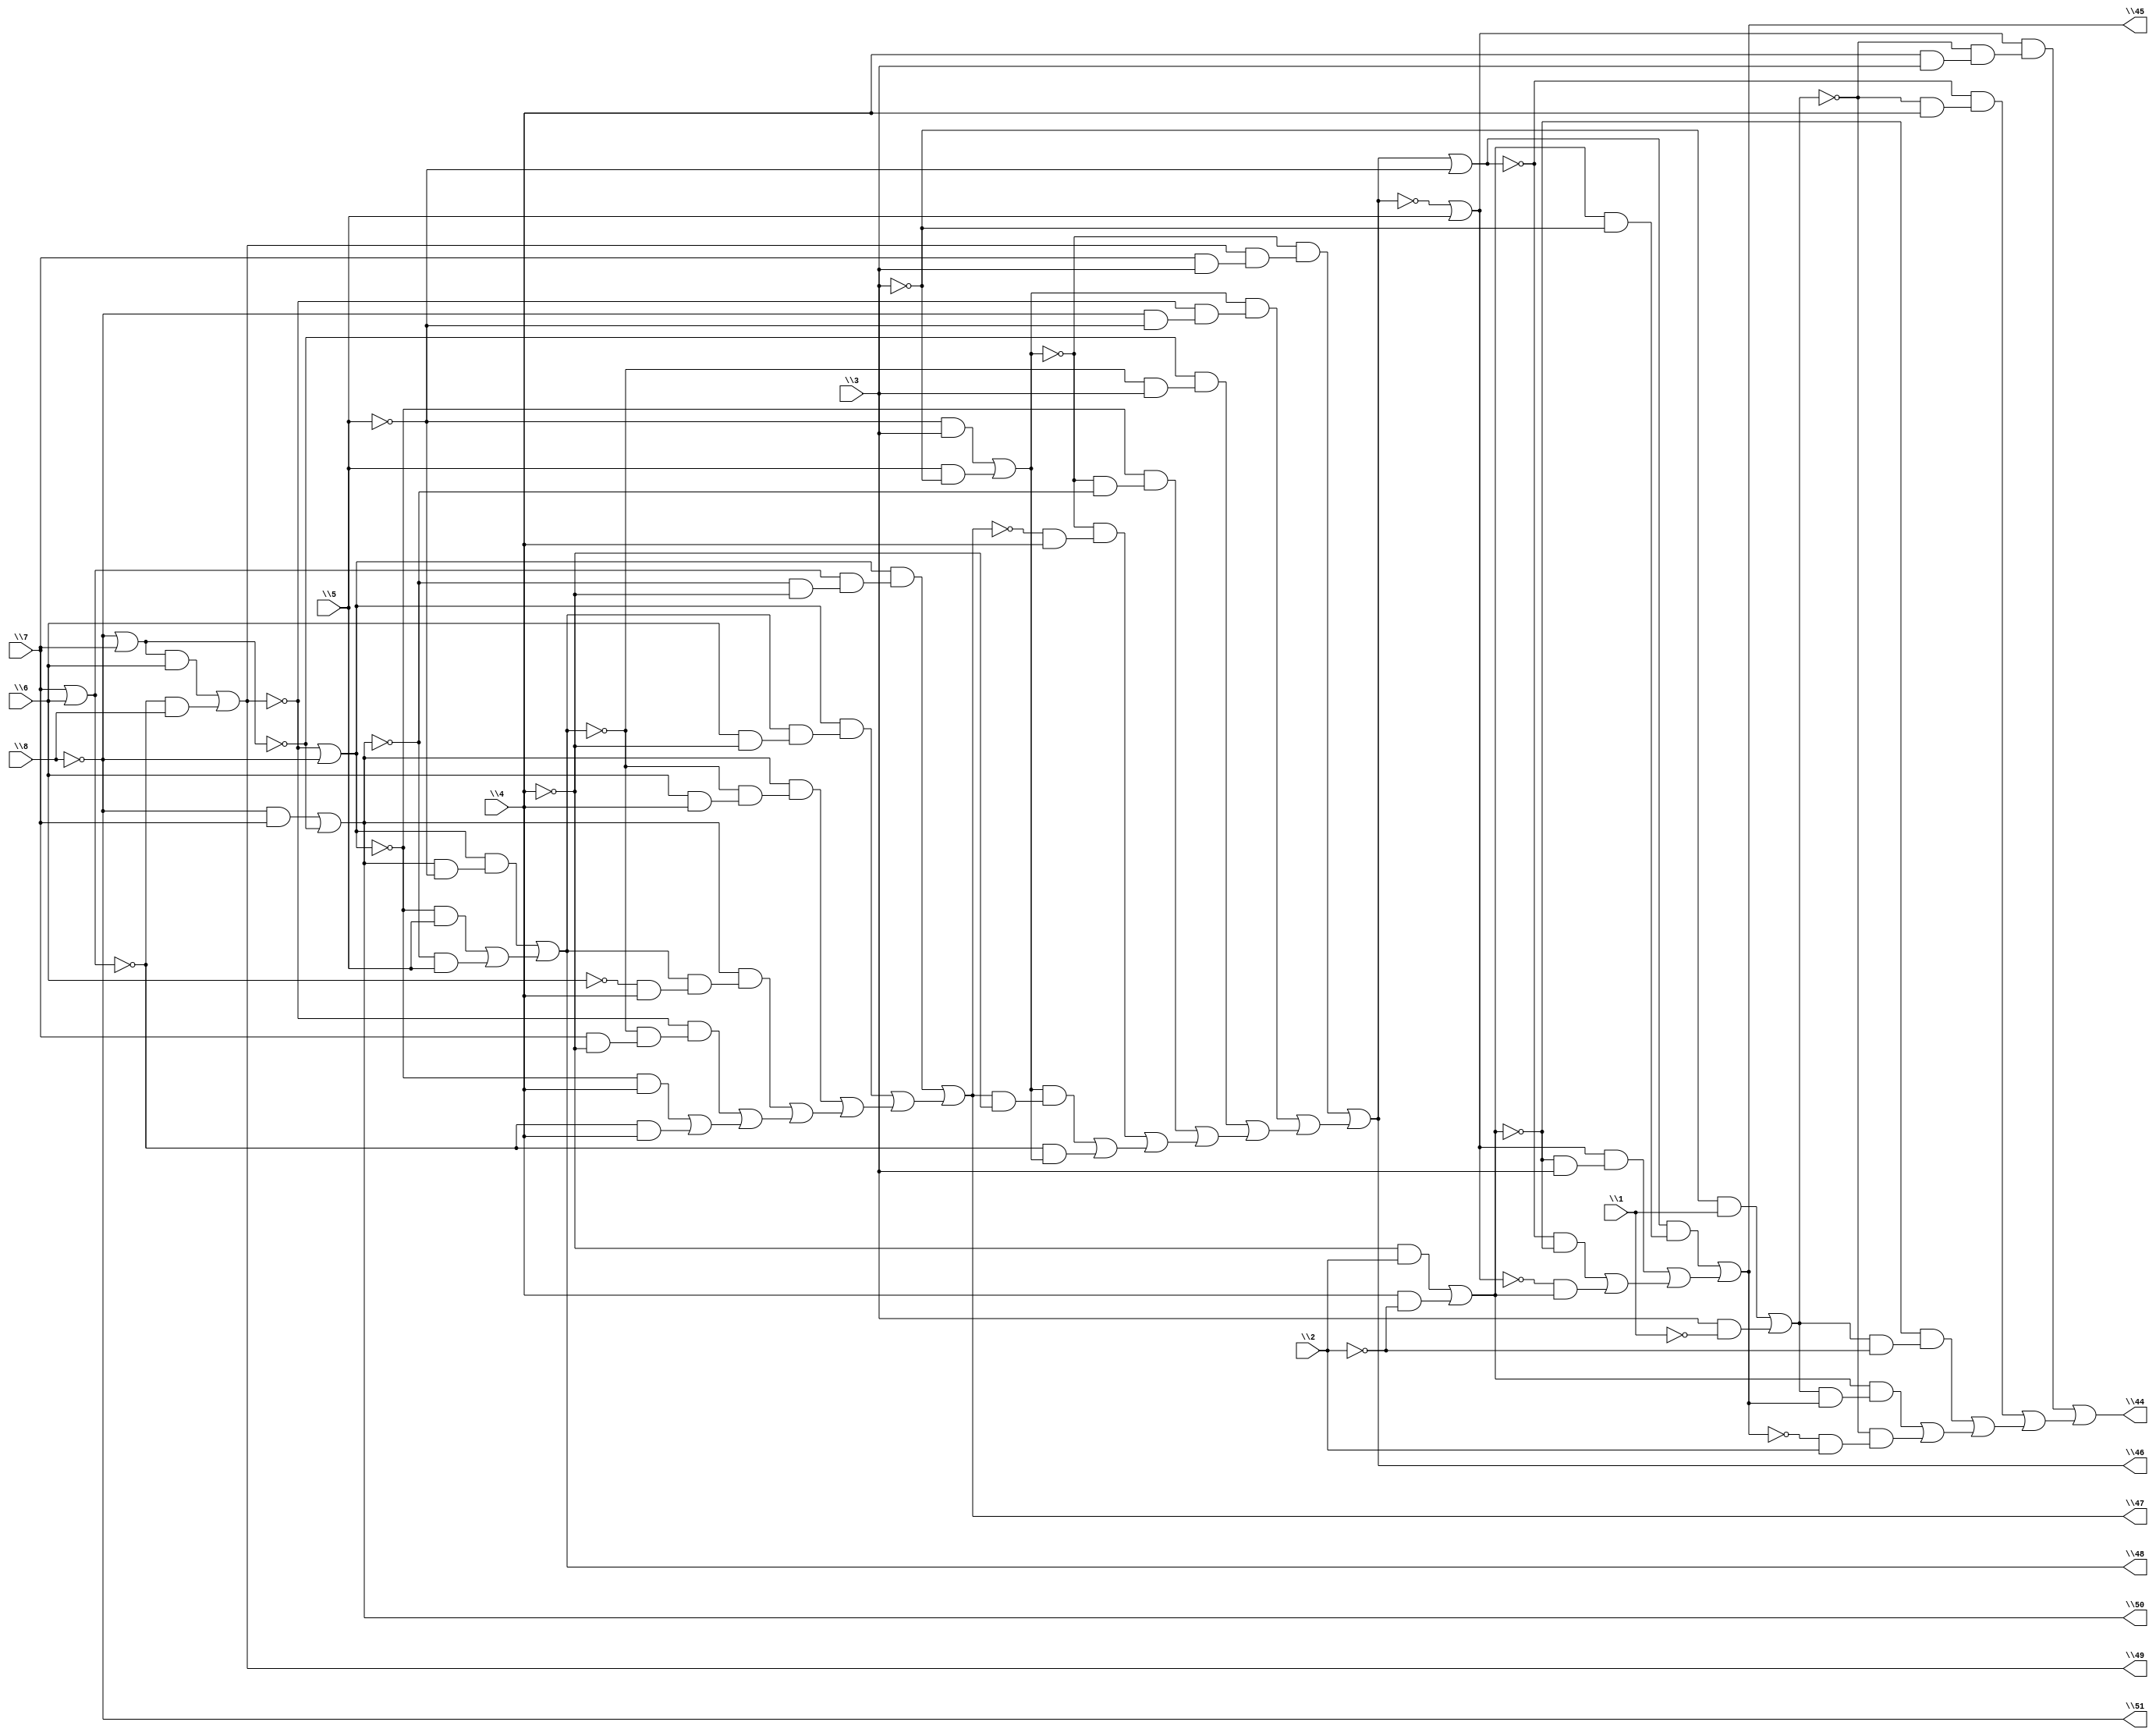
// IWLS benchmark module "f51m" printed on Wed May 29 16:34:04 2002
module f51m(\1 , \2 , \3 , \4 , \5 , \6 , \7 , \8 , \44 , \45 , \46 , \47 , \48 , \49 , \50 , \51 );
input
  \1 ,
  \2 ,
  \3 ,
  \4 ,
  \5 ,
  \6 ,
  \7 ,
  \8 ;
output
  \44 ,
  \45 ,
  \46 ,
  \47 ,
  \48 ,
  \49 ,
  \50 ,
  \51 ;
wire
  \[23] ,
  \[7] ,
  \[18] ,
  \[8] ,
  \[19] ,
  \[27] ,
  \[1] ,
  \[2] ,
  \[3] ,
  \[20] ,
  \[4] ,
  \[21] ,
  \[5] ,
  \[16] ,
  \[22] ,
  \[6] ,
  \[17] ;
assign
  \[23]  = ~\[6]  | ~\8 ,
  \[7]  = (~\8  & \7 ) | ~\[27] ,
  \[18]  = (~\5  & \3 ) | (\5  & ~\3 ),
  \[8]  = ~\8 ,
  \[19]  = \7  | \6 ,
  \[27]  = ~\8  | \7 ,
  \[1]  = (\[20]  & (~\[16]  & (\4  & \3 ))) | ((~\[21]  & (~\[16]  & \4 )) | ((~\[17]  & (\[16]  & ~\2 )) | ((\[17]  & (\[16]  & \[2] )) | (~\[16]  & (~\[2]  & \2 ))))),
  \[2]  = (\[21]  & (\[17]  & ~\3 )) | ((\[20]  & (~\[17]  & \3 )) | ((~\[21]  & ~\[17] ) | (~\[20]  & \[17] ))),
  \[3]  = (~\[18]  & (\[6]  & (\7  & \3 ))) | ((\[18]  & (~\[6]  & (~\8  & ~\5 ))) | ((~\[27]  & (~\[5]  & \3 )) | ((~\[23]  & (~\[18]  & ~\[7] )) | ((~\[18]  & (~\[4]  & \4 )) | ((\[18]  & (\[4]  & ~\4 )) | (~\[19]  & \[18] )))))),
  \[20]  = ~\[3]  | \5 ,
  \[4]  = (\[23]  & (\[19]  & (~\[7]  & ~\4 ))) | ((\[23]  & (\[5]  & (\6  & ~\4 ))) | ((\[7]  & (~\[5]  & (\6  & \4 ))) | ((\[7]  & (\[5]  & (~\6  & \4 ))) | ((~\[6]  & (~\[5]  & (\7  & ~\4 ))) | ((~\[23]  & \4 ) | (~\[19]  & \4 )))))),
  \[21]  = \[3]  | ~\5 ,
  \44  = \[1] ,
  \45  = \[2] ,
  \46  = \[3] ,
  \47  = \[4] ,
  \48  = \[5] ,
  \[5]  = (\[23]  & (\[7]  & ~\5 )) | ((~\[23]  & \5 ) | (~\[7]  & \5 )),
  \[16]  = (~\3  & \1 ) | (\3  & ~\1 ),
  \49  = \[6] ,
  \50  = \[7] ,
  \51  = \[8] ,
  \[22]  = 0,
  \[6]  = (\[27]  & \6 ) | (~\[19]  & \8 ),
  \[17]  = (~\4  & \2 ) | (\4  & ~\2 );
endmodule